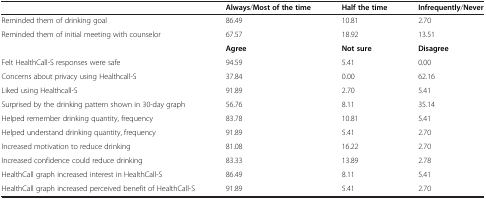
|  | Always/Most of the time | Half the time | Infrequently/Never |
 | --- | --- | --- | --- |
 | Reminded them of drinking goal | 86.49 | 10.81 | 2.70 |
 | Reminded them of initial meeting with counselor | 67.57 | 18.92 | 13.51 |
 |  | Agree | Not sure | Disagree |
 | Felt HealthCall-S responses were safe | 94.59 | 5.41 | 0.00 |
 | Concerns about privacy using Healthcall-S | 37.84 | 0.00 | 62.16 |
 | Liked using Healthcall-S | 91.89 | 2.70 | 5.41 |
 | Surprised by the drinking pattern shown in 30-day graph | 56.76 | 8.11 | 35.14 |
 | Helped remember drinking quantity, frequency | 83.78 | 10.81 | 5.41 |
 | Helped understand drinking quantity, frequency | 91.89 | 5.41 | 2.70 |
 | Increased motivation to reduce drinking | 81.08 | 16.22 | 2.70 |
 | Increased confidence could reduce drinking | 83.33 | 13.89 | 2.78 |
 | HealthCall graph increased interest in HealthCall-S | 86.49 | 8.11 | 5.41 |
 | HealthCall graph increased perceived benefit of HealthCall-S | 91.89 | 5.41 | 2.70 |